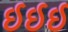
ઈઈઈ